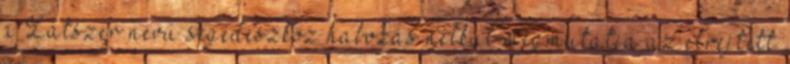
a Látszer nevű segédeszköz habozás nélkül megmutatja az elrejtett